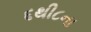
૬થી૮ના